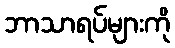
ဘာသာရပ်များကို